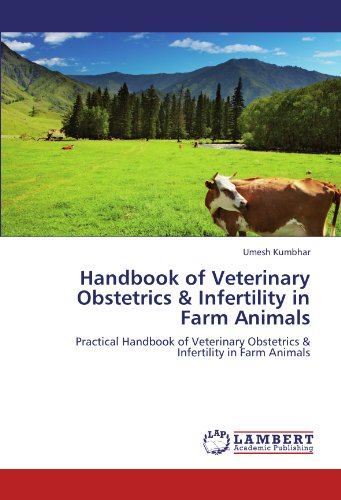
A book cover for Handbook of Veterinary Obstetrics & Infertility in Farm Animals: Practical Handbook of Veterinary Obstetrics & Infertility in Farm Animals; Umesh Kumbhar; Medical Books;